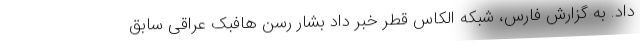
داد. به گزارش فارس، شبکه الکاس قطر خبر داد بشار رسن هافبک عراقی سابق